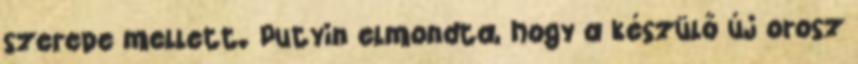
szerepe mellett. Putyin elmondta, hogy a készülő új orosz